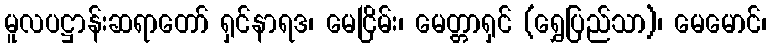
မူလပဋ္ဌာန်းဆရာတော် ရှင်နာရဒ၊ မေငြိမ်း၊ မေတ္တာရှင် (ရွှေပြည်သာ)၊ မေမောင်၊